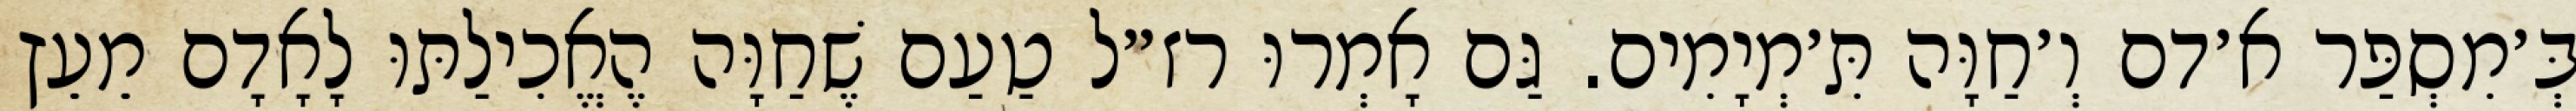
בְּ׳מִסְפַּר א׳דם וְ׳חַוָּה תִּ׳מְיָמִים. גַּם אָמְרוּ רז״ל טַעַם שֶׁחַוָּה הֶאֱכִילַתּוּ לָאָדָם מֵעֵץ